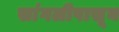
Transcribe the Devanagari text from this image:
सांगलीपासून